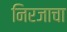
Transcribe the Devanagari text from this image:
निरजाचा